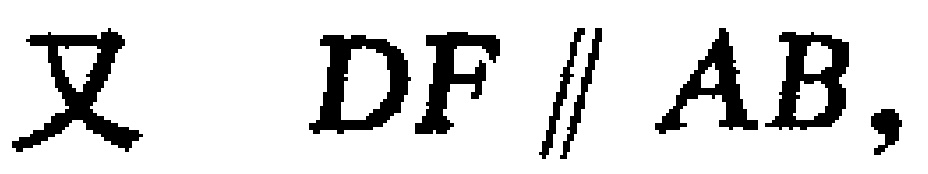
又 \(DF\parallel AB\)，